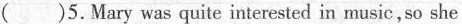
()5.Mary was quite interested in music, so she